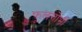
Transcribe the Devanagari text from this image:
फ़ूलगोभी